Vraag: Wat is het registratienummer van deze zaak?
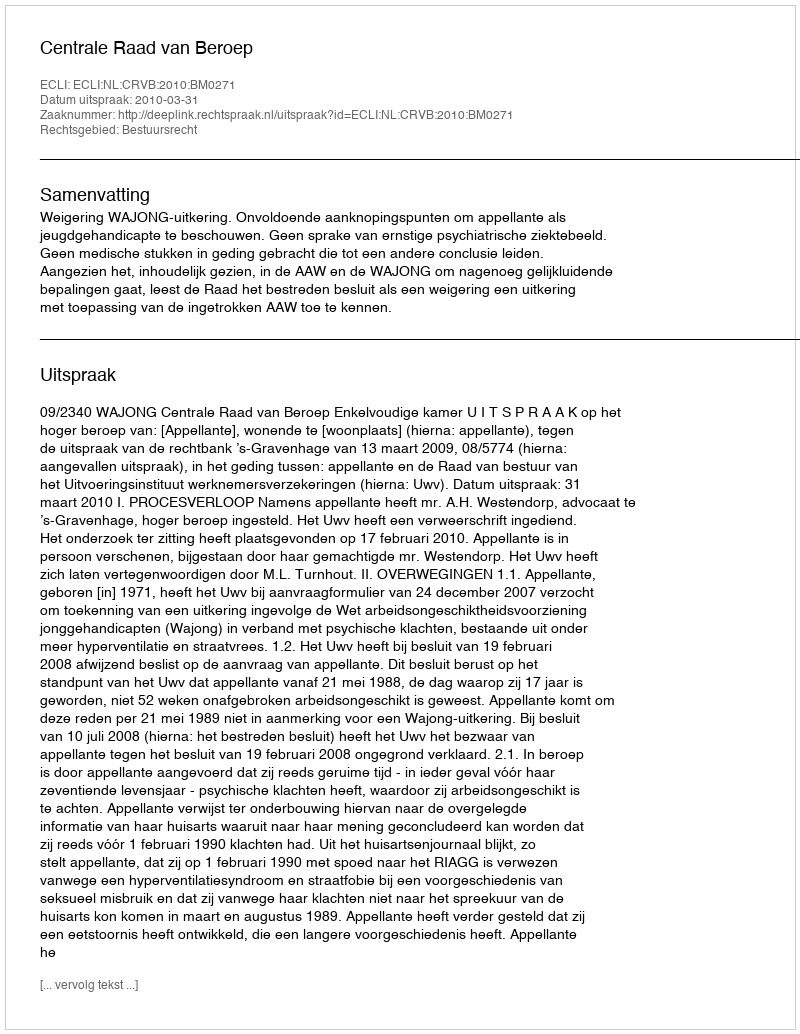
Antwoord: http://deeplink.rechtspraak.nl/uitspraak?id=ECLI:NL:CRVB:2010:BM0271